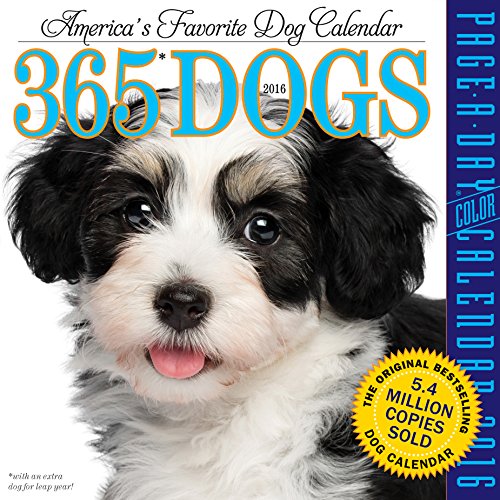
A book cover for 365 Dogs Color Page-A-Day Calendar 2016; Workman Publishing; Calendars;